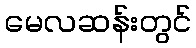
မေလဆန်းတွင်